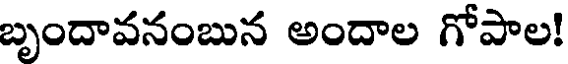
బృందావనంబున అందాల గోపాల!